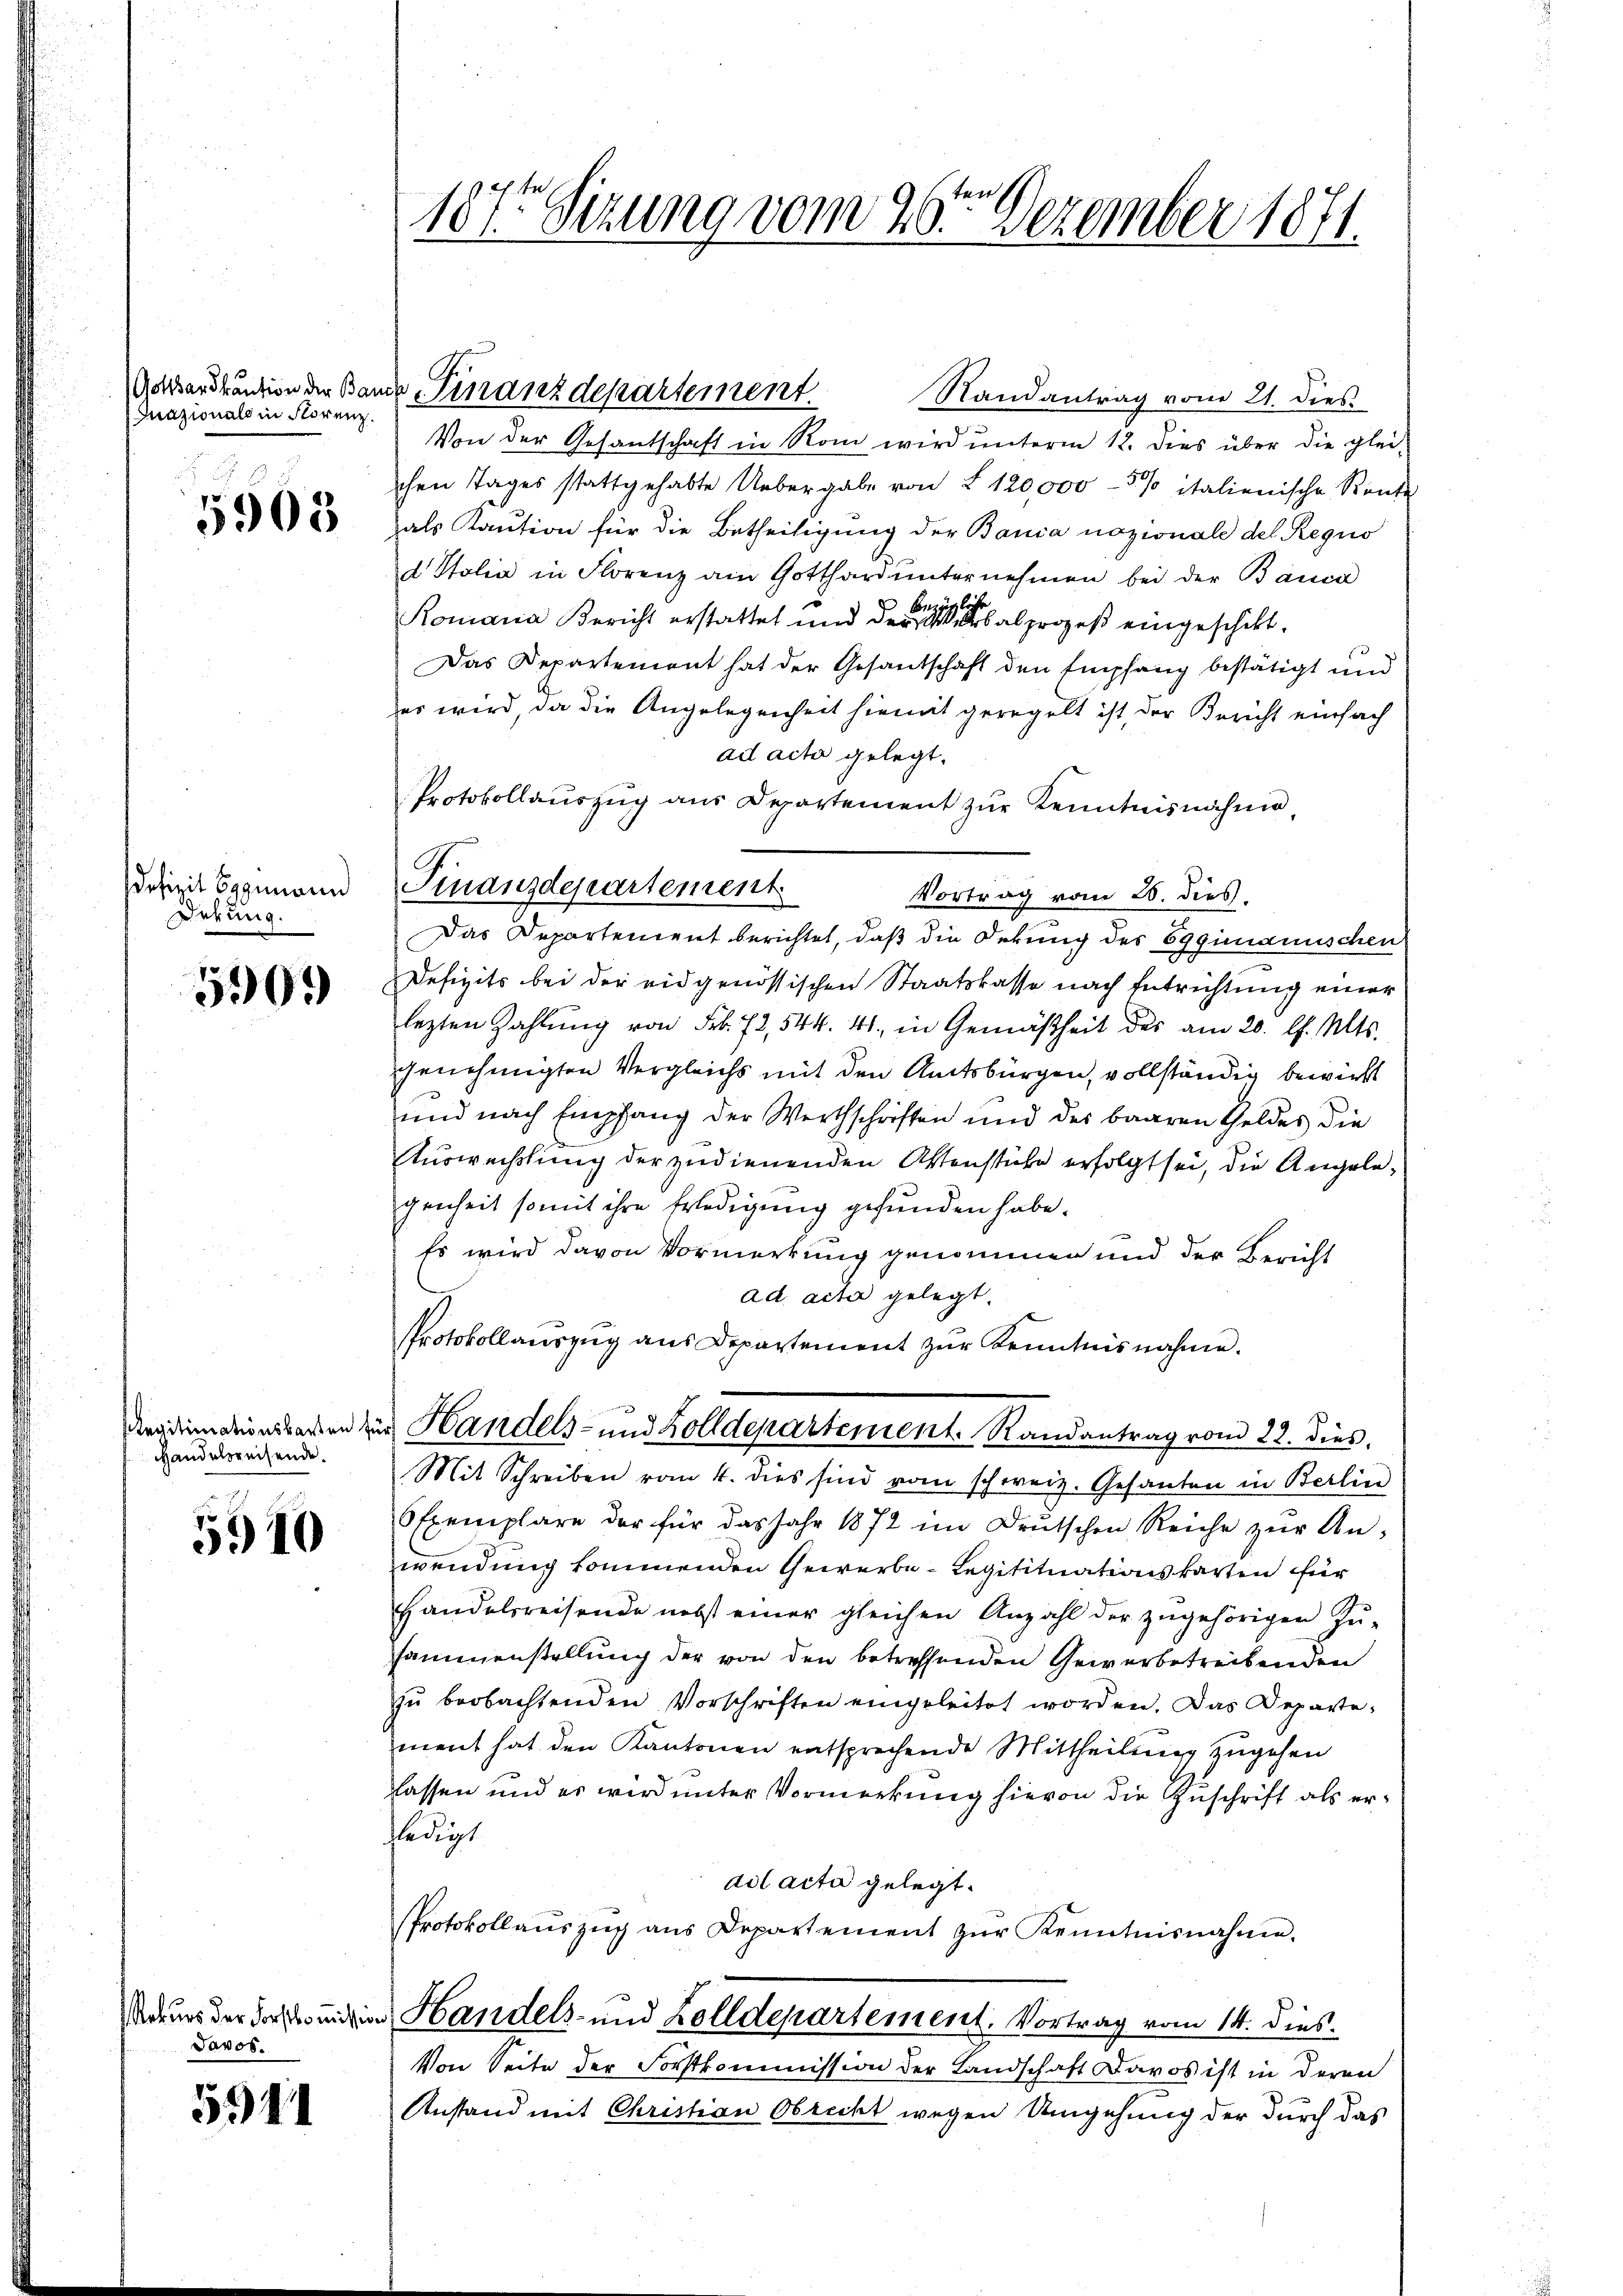
Inazionals in Storenz.

5905

Defizit Sygunann
Dekung.

590.

egitimationskarten
Handelsreisende

5910

Rekurs der Forstkommissio
Davos.

5911

187t Sizung vom 26ten Dezember 1871.

Garrardkaution der Bande Finanzdepartement.

Randantrag vom 21. dies
Von der Gesantschaft in Rom wird unterm 12. Dies über die gleichen Tages stattgehabte Uebergabe von § 120000-5% italienische Rente
als Kaution für die Betheiligung der Bania nazionale des Requo
d Italia in Florenz am Gotthard unternehmen bei der Banca
Romana Bericht erstattet und der eineralprozeß eingeschikt.
.
Das Departement hat der Gesandschaft den Empfang bestätigt und
er wird, da die Angelegenheit hiemit geregelt ist der Bericht einfach
ad acta gelegt.
Protokollaŭszŭg aŭs Departement zŭr Kenntnisnahme
Vortrag vom 26. dies
Das Departement berichtet, daß die Dekung des Eggianischen
Defizits bei der eidgenössischen Staatskasse nach Entrichtung einer
lezten Zahlŭng von Frk. 72, 544. 41, in Gemäßheit des am 20. d. Mts.
genehmigten Vergleichs mit den Amtsbürgen, vollständig bewirkt
und nach Empfang der Werthschriften und des baaren Geldes die
Auswechslung der zudienenden Aktenstücke erfolgt sei, die Angelegenheit somit ihre Erledigung gefunden habe.
Es wird davon Vormerkung genommen und der Bericht
ad acta gelegt.
Protokollauszug aus Departement zur Kenntnisnahme.
in Handels- und Zolldepartement Randantrag vom 22. dies
Mit Schreiben vom 4. dies sind vom schweiz. Gesanten in Berlin
OExemplare der für das Jahr 1872 im Drŭtschen Reiche zŭr Anwendung kommenden Gewerbe-Legitituationskarten für
Handelsreisende nebst einer gleichen Anzahl der zŭgehörigen Zŭ-
sammenstellung der von den betreffenden Gewerbetreibenden
zŭ beobachtenden Vorschriften eingeleitet worden. Das Departement hat den Kantonen entsprechende Mittheilung zugehen
lassen und es wird unter Vormerkung hievon die Zuschrift als erledigt
ad acta gelegt.
Protokollaŭszŭg ans Departement zŭr Kenntnisnahmen.
 Handels- und Zolldepartement. Vortrag vom 14. dies
Von Seite der Forstkommission der Landschaft Davos ist in deren
Anstand mit Christian Obricht wegen Umgehung der durch das

Finanzdepartement